Vaccination in Bombay 1869-1873 - 1869-1873
Year: 1869
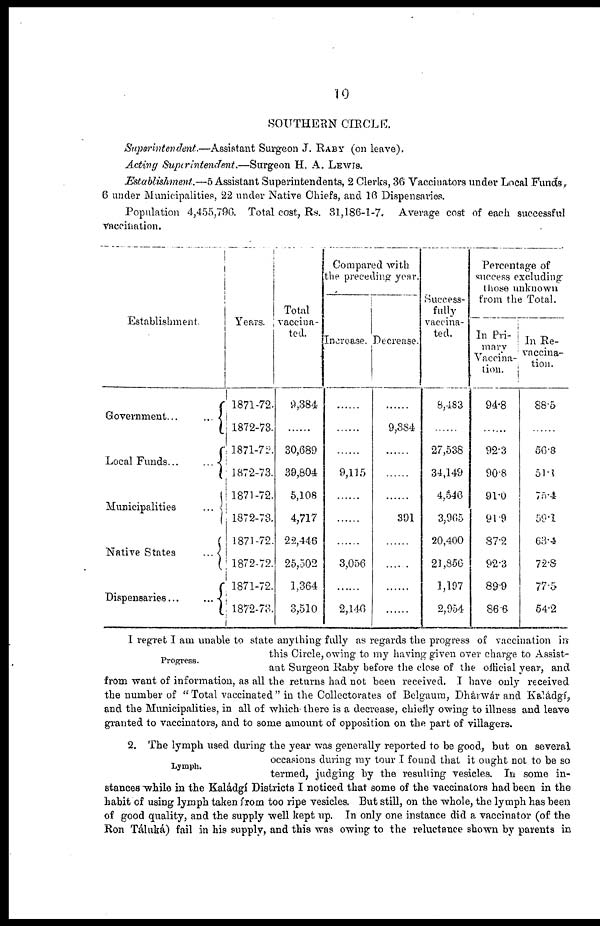
10
SOUTHERN CIRCLE.
Superintentdent.—Assistant
Surgeon J. RABY (on leave).
Acting Superintendent.—Surgeon
H. A. LEWIS.
Establishment.—5 Assistant Superintendents, 2 Clerks, 36 Vaccinators under Local Funds,
6 under Municipalities, 22 under Native Chiefs, and 16 Dispensaries.
Population 4,455,796. Total cost, Rs. 31,186-1-7. Average cost of each successful
vaccination.
Establishment.
Government...
...
Local Funds...
...
Municipalities
...
Native States
...
Dispensaries...
...
Years.
1871-72.
1872-73.
1871-72.
1872-73.
1871-72.
1872-73.
1871-72.
1872-72.
1871-72.
1872-73.
Total
vaccina¬
ted.
9,384
......
30,689
39,804
5,108
4,717
22,446
25,502
1,364
3,510
Compared with
the preceding year.
Increase.
......
......
......
9,115
......
......
......
3,056
......
2,146
Decrease.
......
9,384
......
......
......
391
......
......
......
......
Success-
fully
vaccina-
ted.
8,483
......
27,538
34,149
4,546
3,965
20,400
21,856
1,197
2,954
Percentage of
success excluding
those unknown
from the Total.
In Pri-
mary
Vaccina-
tion.
94.8
......
92.3
90.8
91.0
91.9
87.2
92.3
89.9
86.6
In Re¬
vaccina¬
tion.
88.5
......
56.8
51.1
75.4
59.1
63.4
72.8
77.5
54.2
Progress.
I regret I am unable to state anything fully as regards the progress of vaccination in
this Circle, owing to my having given over charge to Assist-
ant Surgeon Raby before the close of the official year, and
from want of information, as all the returns had not been received. I have only received
the number of "Total vaccinated" in the Collectorates of Belgaum, Dhárwár and Kaládgí,
and the Municipalities, in all of which there is a decrease, chiefly owing to illness and leave
granted to vaccinators, and to some amount of opposition on the part of villagers.
Lymph.
2. The lymph used during the year was generally reported to be good, but on several
occasions during my tour I found that it ought not to be so
termed, judging by the resulting vesicles. In some in-
stances while in the Kaládgí Districts I noticed that some of the vaccinators had been in the
habit of using lymph taken from too ripe vesicles. But still, on the whole, the lymph has been
of good quality, and the supply well kept up. In only one instance did a vaccinator (of the
Ron Táluká) fail in his supply, and this was owing to the reluctance shown by parents in